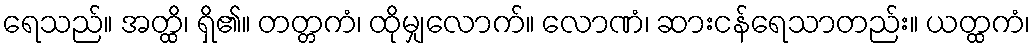
ရေသည်။ အတ္ထိ၊ ရှိ၏။ တတ္တကံ၊ ထိုမျှလောက်။ လောဏံ၊ ဆားငန်ရေသာတည်း။ ယတ္ထကံ၊